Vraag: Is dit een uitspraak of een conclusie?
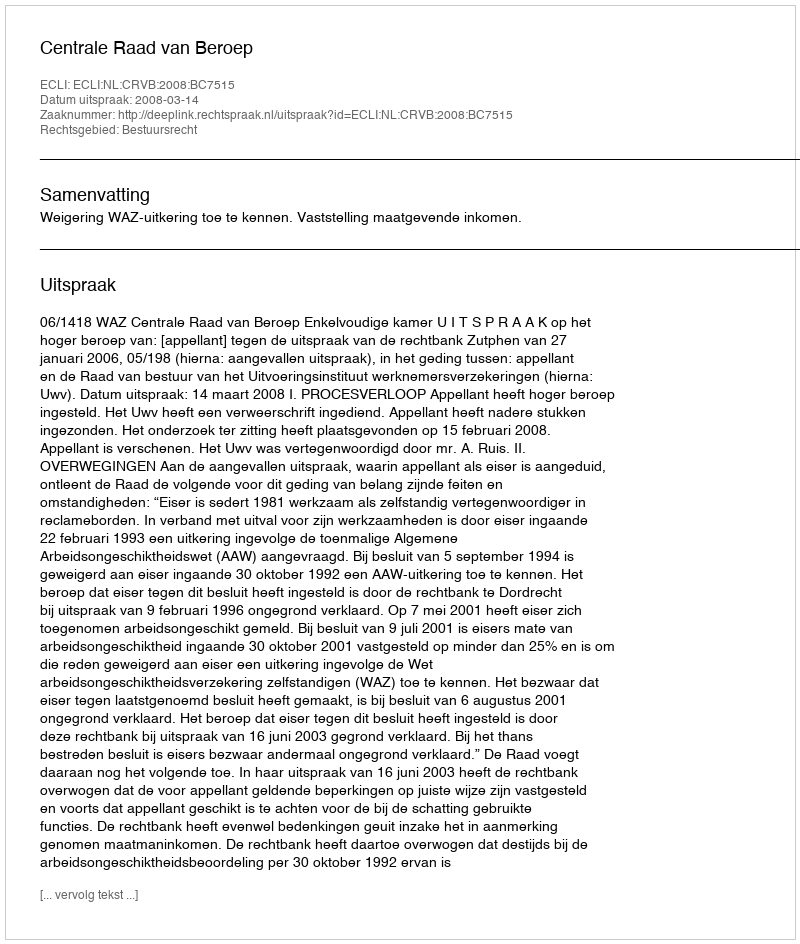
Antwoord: Uitspraak